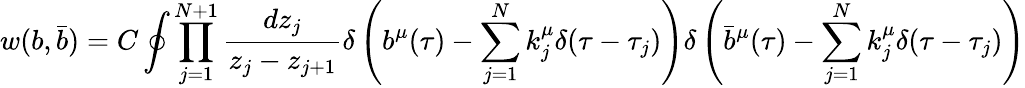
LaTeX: w(b,\bar{b})=C\oint\prod_{j=1}^{N+1}{\frac{dz_{j}}{z_{j}-z_{j+1}}}\delta\left(b^{\mu}(\tau)-\sum_{j=1}^{N}k_{j}^{\mu}\delta(\tau-\tau_{j})\right)\delta\left(\bar{b}^{\mu}(\tau)-\sum_{j=1}^{N}k_{j}^{\mu}\delta(\tau-\tau_{j})\right)